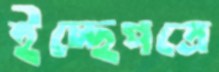
ইচ্ছেপত্রে